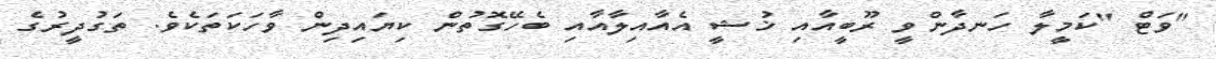
"ވަޓް "ކަމީލާ ހަނދާންވީ ރޫބީއާއި ޚުޝީ އެއާއިލާއާއި ބެހޭގޮތުން ކިޔައިދިން ވާހަކަތަކެވެ. ތަގުދީރުގެ